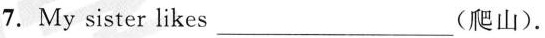
7.My sister likes___(爬山).